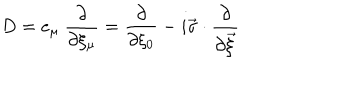
D = e _ { \mu } ~ \frac { \partial } { \partial \xi _ { \mu } } = \frac { \partial } { \partial \xi _ { 0 } } - i \vec { \sigma } \cdot \frac { \partial } { \partial \vec { \xi } }